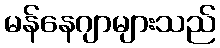
မန်နေဂျာများသည်